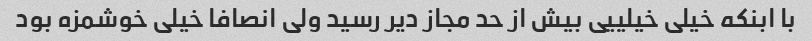
با ابنکه خیلی خیلییی بیش از حد مجاز دیر رسید ولی انصافا خیلی خوشمزه بود